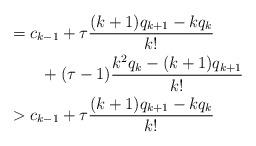
LaTeX: \begin{align*}&= c_{k-1} + \tau\frac{(k+1)q_{k+1}-kq_k}{k!} \\&\qquad+ (\tau-1)\frac{k^2 q_k-(k+1)q_{k+1}}{k!} \\&> c_{k-1} + \tau\frac{(k+1)q_{k+1}-kq_k}{k!}\end{align*}